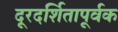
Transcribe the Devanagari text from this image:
दूरदर्शितापूर्वक